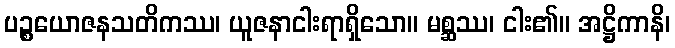
ပဉ္စယောဇနသတိကဿ၊ ယူဇနာငါးရာရှိသော။ မစ္ဆဿ၊ ငါး၏။ အဋ္ဌိကာနိ၊